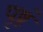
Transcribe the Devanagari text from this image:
पृष्ठं